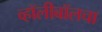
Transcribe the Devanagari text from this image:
व्हॉलीबॉलचा